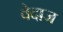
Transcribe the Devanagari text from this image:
वेदाज